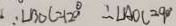
\because \angle B O C = 1 2 0 ^ { \circ } \therefore \angle A O C = 9 0 ^ { \circ }